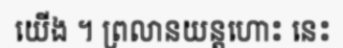
យើង ។ ព្រលានយន្តហោះ នេះ